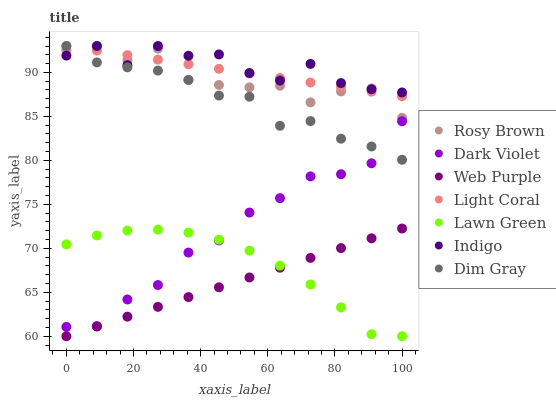
| xaxis_label | Rosy Brown | Dark Violet | Web Purple | Light Coral | Lawn Green | Indigo | Dim Gray |
 | --- | --- | --- | --- | --- | --- | --- | --- |
 | 0 | 92.5 | 61.1 | 60 | 93 | 70.5 | 91.9 | 93 |
 | 9.09 | 93 | 61.1 | 61.1 | 92.5 | 71.5 | 93 | 91.1 |
 | 18.2 | 91.4 | 64.2 | 62.2 | 92 | 72 | 90.8 | 90.6 |
 | 27.3 | 92.7 | 65.8 | 63.3 | 91.4 | 72.1 | 93 | 90.2 |
 | 36.4 | 89.1 | 69.5 | 64.5 | 90.9 | 71.8 | 91.9 | 89.1 |
 | 45.5 | 88.6 | 70.9 | 65.6 | 90.4 | 71 | 92 | 87.4 |
 | 54.5 | 88.3 | 74.1 | 66.7 | 89.9 | 69.7 | 89.9 | 87.2 |
 | 63.6 | 88.5 | 75.7 | 67.8 | 89.4 | 68 | 89.1 | 83.9 |
 | 72.7 | 86.6 | 78.2 | 68.9 | 88.8 | 65.9 | 91 | 84.5 |
 | 81.8 | 87.8 | 78.4 | 70 | 88.3 | 63.3 | 88.8 | 82.5 |
 | 90.9 | 88.2 | 79.7 | 71.1 | 87.8 | 60.2 | 88.1 | 81.6 |
 | 100 | 84.8 | 84.4 | 72.2 | 87.3 | 60 | 87.7 | 80.1 |